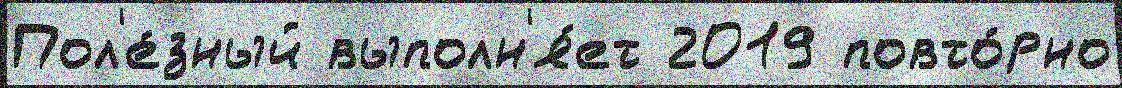
Пол'е́зный выполн'я́ет 2019 повто́рно